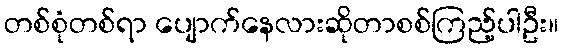
တစ်စုံတစ်ရာ ပျောက်နေလားဆိုတာစစ်ကြည့်ပါဦး။